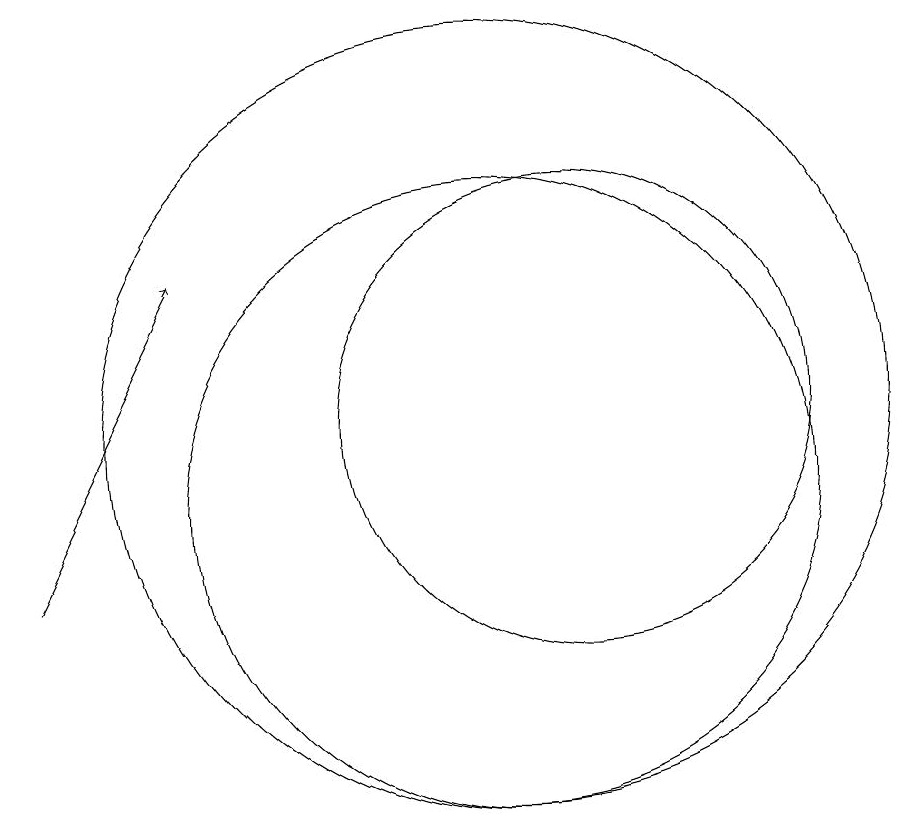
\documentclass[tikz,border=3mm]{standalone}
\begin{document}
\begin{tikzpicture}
\draw (11,12) circle (3);
\draw (10,12) circle (5);
\draw[->] (4,10) -- (6,14);
\draw (10,11) circle (4);
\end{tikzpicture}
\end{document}